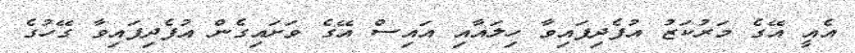
އެއީ އޭގެ މަރުކަޒު އުފެދިފައިވާ ހިލައާއި އައިސް އޭގެ ވަށައިގެން އުފެދިފައިވާ ގޭހުގެ